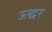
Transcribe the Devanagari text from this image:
ऊद्धर